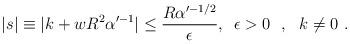
LaTeX: \begin{align*}|s|\equiv|k+w R^2\alpha'^{-1}|\leq \frac{R\alpha'^{-1/2}}{\epsilon},\,\,\,\epsilon>0\ \ ,\ \ k\neq 0\ .\end{align*}